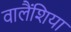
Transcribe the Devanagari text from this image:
वालैंशिया